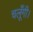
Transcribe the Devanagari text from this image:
चलूँगी।